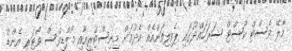
މާލޭ ވެސްޓް ކޯސްޓް ސަރަހައްދުގައި ޕެވިލިއަންއެއް ހެދުމަށް މިނިސްޓްރީއާއި މޯލްޑިވްސް ވޯޓަރ އެންޑް